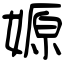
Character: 嫄